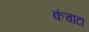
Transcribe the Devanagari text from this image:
कंचाटा